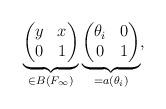
LaTeX: \begin{align*}\underbrace{\left(\begin{matrix} y&x\\0&1\end{matrix}\right)}_{\in B(F_{\infty})}\underbrace{\left( \begin{matrix}\theta_i &0 \\ 0 &1\end{matrix}\right)}_{=a(\theta_i)}, \end{align*}